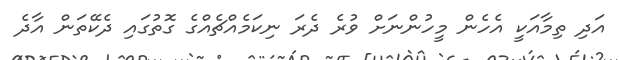
އަދި ތިމާއަކީ އެހެން މީހުންނަށް ވުރެ ދެރަ ނިކަމެއްޗެއްގެ ގޮތުގައި ދެކޭތަން އާދެ